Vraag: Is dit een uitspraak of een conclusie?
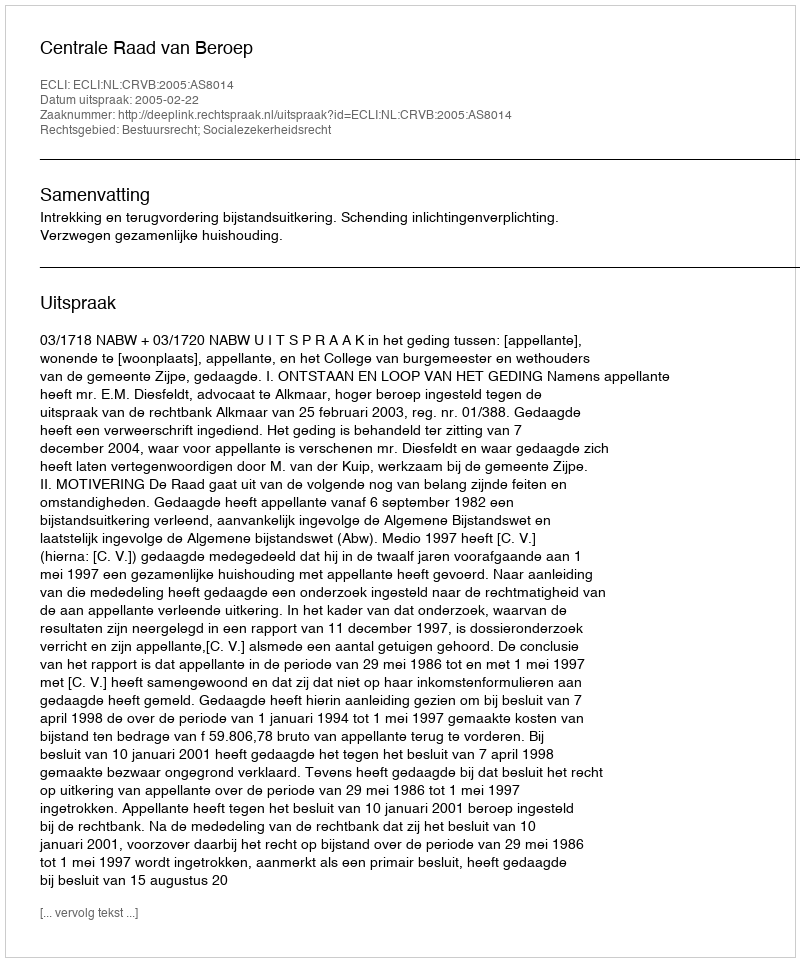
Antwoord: Uitspraak